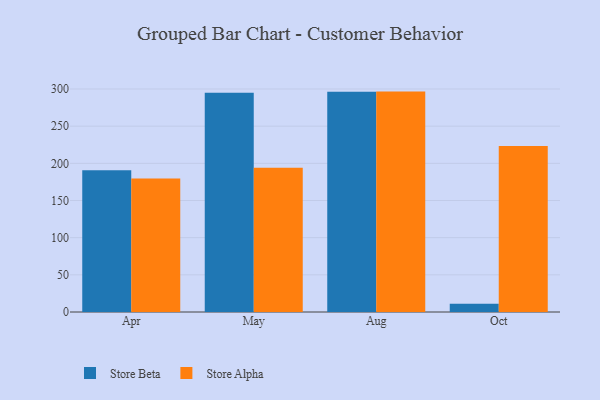
{"axis": {"x": "Month", "y": "Gross Profit (USD K)"}, "legend": ["Store Alpha", "Store Beta"], "data": [{"x": "Apr", "y": 190.7, "type": "Store Beta"}, {"x": "Apr", "y": 179.6, "type": "Store Alpha"}, {"x": "May", "y": 294.9, "type": "Store Beta"}, {"x": "May", "y": 194.1, "type": "Store Alpha"}, {"x": "Aug", "y": 296.3, "type": "Store Beta"}, {"x": "Aug", "y": 296.5, "type": "Store Alpha"}, {"x": "Oct", "y": 11.0, "type": "Store Beta"}, {"x": "Oct", "y": 223.2, "type": "Store Alpha"}]}